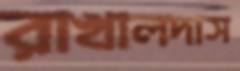
রাখালদাস